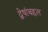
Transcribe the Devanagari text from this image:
द्वेषांबद्दल